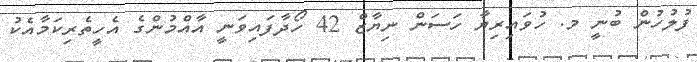
ފުލުހުން ބުނީ މ. ހުވައިރިޔާ ހަސަން ނިޔާޒް 42 ހޯދާފައިވަނީ އާއްމުންގެ އެހީތެރިކަމާއެކު